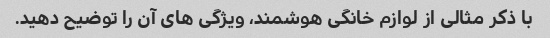
با ذکر مثالی از لوازم خانگی هوشمند، ویژگی های آن را توضیح دهید.